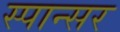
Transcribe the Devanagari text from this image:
स्पान्सर